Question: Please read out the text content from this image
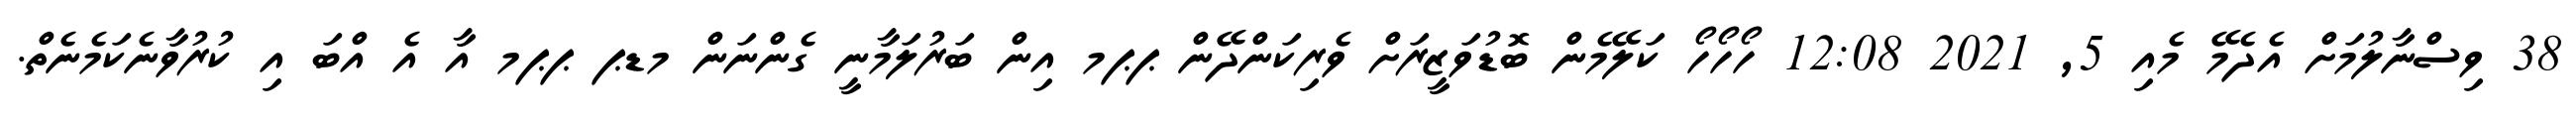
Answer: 38 ވިސްނާލުމަށް އެދެމޭ މެއި 5, 2021 12:08 ހޯހޯހޯ ކަލޭމެން ބޮޑުވަޒީރަށް ވެރިކަންދޭން ޕޕމ އިން ބަރުލަމާނީ ގެންނަން މޑޕ ޕޕމ އާ އެ އްބަ އި ކުރުވާނެކަމެނެތް.